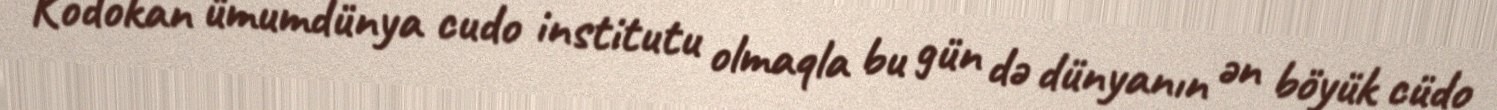
Kodokan ümumdünya cudo institutu olmaqla bu gün də dünyanın ən böyük cüdo